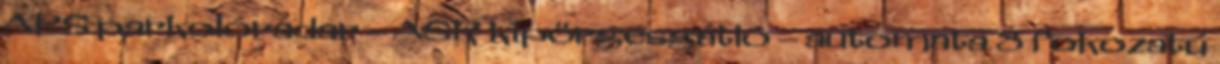
APS parkolóradar – ASR kipörgésgátló – automata 8 fokozatú